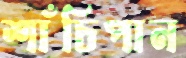
শাঁচিপান